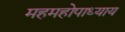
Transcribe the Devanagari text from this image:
महमहोपाध्याय